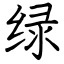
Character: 绿